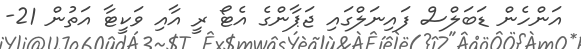
އަންހެން ޑަބަލްސް ފައިނަލްގައި ޖަޕާންގެ އެޓޯ ރީ އާއި ވަކީޓާ އަތުން 21-